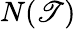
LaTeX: N(\mathscr{T})